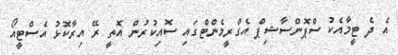
އެ ދެ ޓީމާއެކު ސްޕޮންސާޝިޕް އެގްރީމެންޓްގައި ސޮއިކުރުން އޮތީ ރޭ އިރާކޮޅު އެސްޓީއޯ